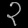
Digit: ၃